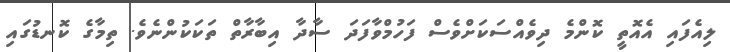
ލިއެފައި އެއޮތީ ކޮންމެ ދިވެއްސަކަށްވެސް ފަހުމްވާފަދަ ސާދާ އިބާރާތް ތަކަކުންނެވެ. ތިމާގެ ކޮނޑުގައި